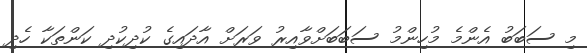
މި ސަބަބު އެންމެ މުހިންމު ސަބަބަށްވާއިރު ވަރަށް އާދައިގެ ކުދިކުދި ކަންތަކާ ހެދި